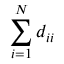
\sum _ { i = 1 } ^ { N } d _ { i i }